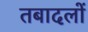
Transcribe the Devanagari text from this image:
तबादलों